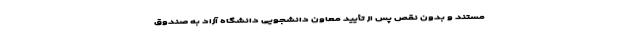
مستند و بدون نقص پس از تأیید معاون دانشجویی دانشگاه آزاد به صندوق